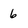
Character: 6